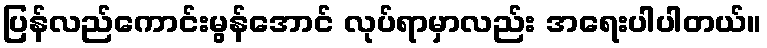
ပြန်လည်ကောင်းမွန်အောင် လုပ်ရာမှာလည်း အရေးပါပါတယ်။